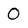
Character: 0